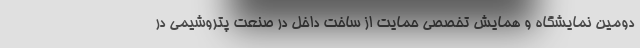
دومین نمایشگاه و همایش تخصصی حمایت از ساخت داخل در صنعت پتروشیمی در